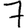
Digit: 7